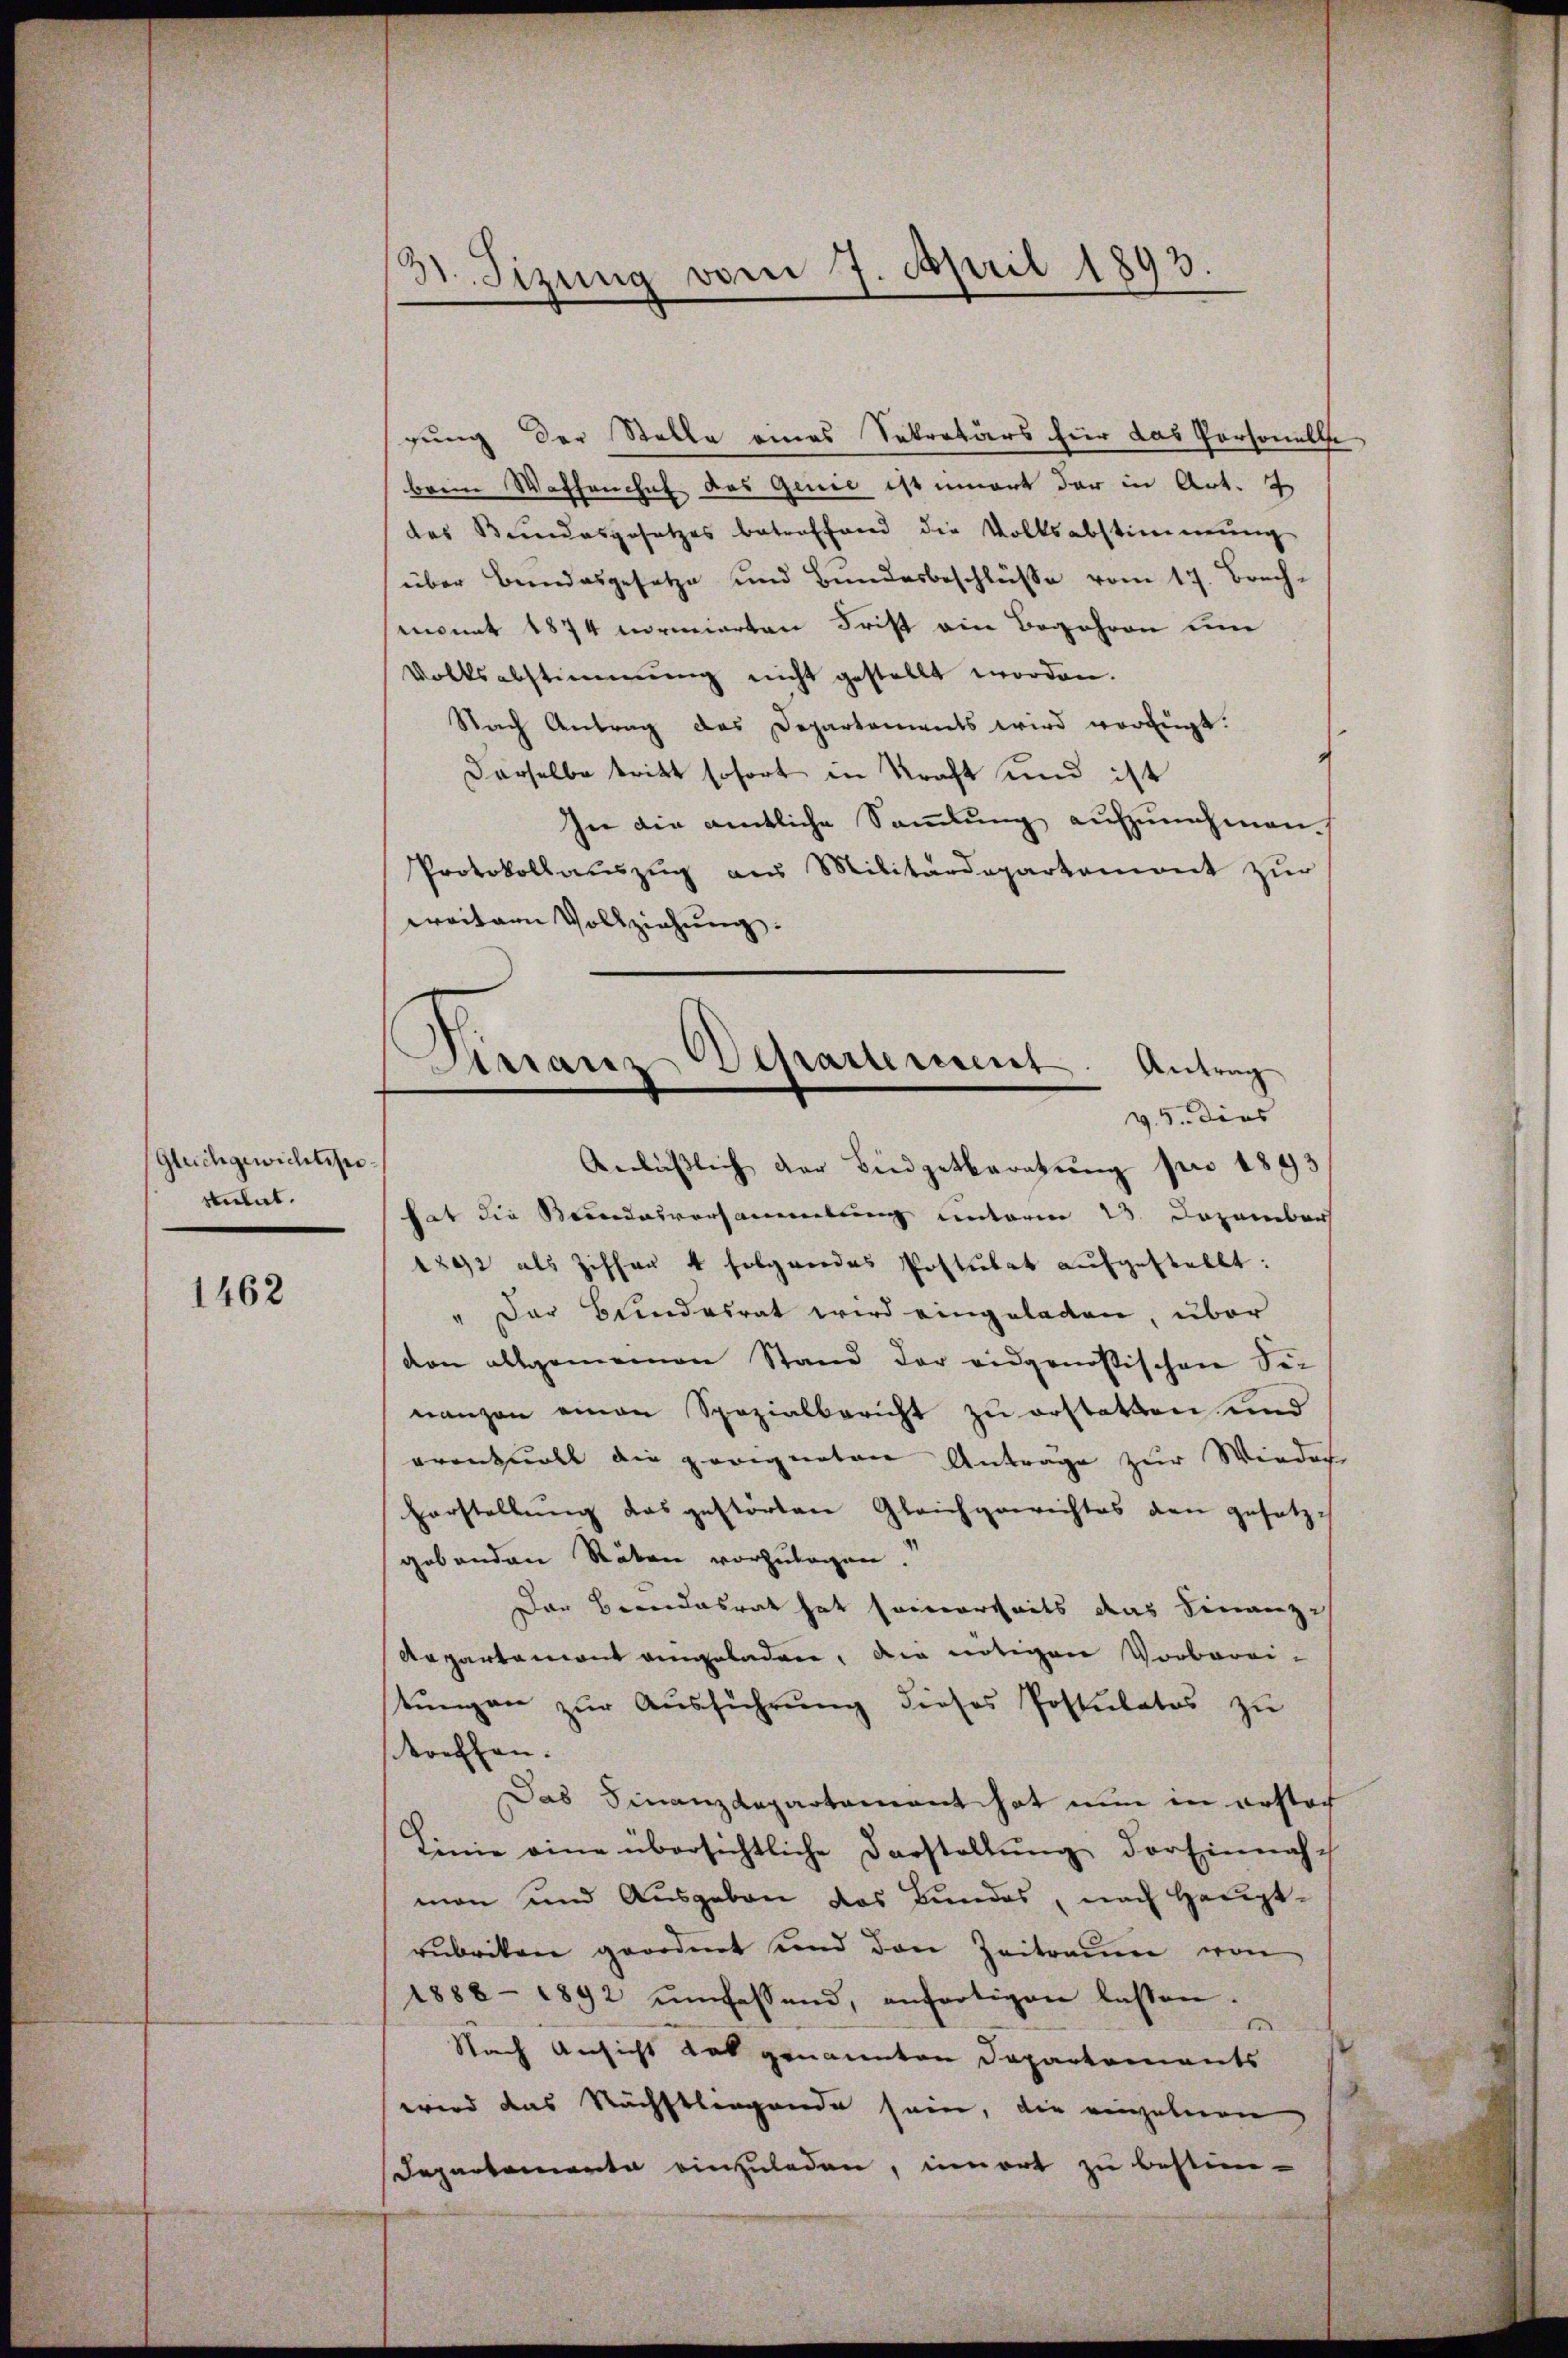
Gleichgewichtes.
stulat.

1462

31. Sizung vom 7. April 1893

gung der Stelle eines Sekretärs für das Personelle
beim Waffenchef das Genie ist innert der in Art. 2
das Bundesgesetzes betreffend die Volksabstimmung
über Bundesgesetze und Bundesbeschlüβe vom 17. Brach-
monat 1874 normierten Frist ein Begehren en
Volksabstimmung nicht gestellt worden.
Nach Antrag des Departements wird verfügt:
Derselbe tritt sofort in Kraft und ist
In die amtliche Sammlung aufzunehmen
Protokollauszug aus Militärdepartemont zur
weitern Vollziehung.
hat die Reindesversammlung unterm 23. Dezember
1202 als Ziffer 4 folgendes Postulat aufgestellt:
" Der Bundesrat wird eingeladen, über
don allgemeinen Stand der eidgenössischen Sei
nanzen einen Spezialbericht zu erstatten und
arentvoll die geeigneten Antrage zur Wieder
Vorstellung das gestörten Gleichgewichtes den gesetz
gebenden Stäten vorzulegen.
Der Brandesrat hat seinerseits das Finanz¬
Aepartemont angeladen, die nötigen Vorbereistŭngen zŭr Aŭsführŭng dieses Postulates zŭ
treffen.
Das Finanzdepartement hat nun in erstoch
Linie eine übersichtliche Darstellung der Einnach
man und Ausgaben das Bundes, nach Haupt-
rubriken geordnet und den Zeitraum von
1888 - 1892 umfassend, anfertigen lassen.
Nach Ansicht hat genannten Departements
wird das Nächstliegende sein, die einzelnen
Departemente einzuladen, unmort zu bestim¬

Krranz Departement. Antrag
v. 5. dies
Anläβlich der Budgetberatŭng pro 1893